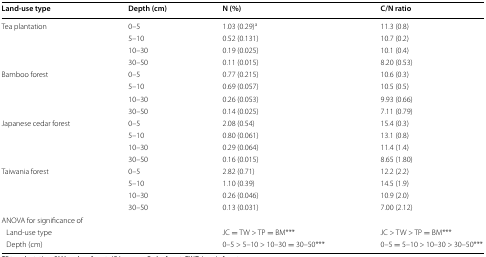
<table><thead><tr><td><b>Land-use type</b></td><td><b>Depth (cm)</b></td><td><b>N (%)</b></td><td><b>C/N ratio</b></td></tr></thead><tbody><tr><td rowspan="4">Tea plantation</td><td>0–5</td><td>1.03 (0.29)<sup>a</sup></td><td>11.3 (0.8)</td></tr><tr><td>5–10</td><td>0.52 (0.131)</td><td>10.7 (0.2)</td></tr><tr><td>10–30</td><td>0.19 (0.025)</td><td>10.1 (0.4)</td></tr><tr><td>30–50</td><td>0.11 (0.015)</td><td>8.20 (0.53)</td></tr><tr><td rowspan="4">Bamboo forest</td><td>0–5</td><td>0.77 (0.215)</td><td>10.6 (0.3)</td></tr><tr><td>5–10</td><td>0.69 (0.057)</td><td>10.5 (0.5)</td></tr><tr><td>10–30</td><td>0.26 (0.053)</td><td>9.93 (0.66)</td></tr><tr><td>30–50</td><td>0.14 (0.025)</td><td>7.11 (0.79)</td></tr><tr><td rowspan="4">Japanese cedar forest</td><td>0–5</td><td>2.08 (0.54)</td><td>15.4 (0.3)</td></tr><tr><td>5–10</td><td>0.80 (0.061)</td><td>13.1 (0.8)</td></tr><tr><td>10–30</td><td>0.29 (0.064)</td><td>11.4 (1.4)</td></tr><tr><td>30–50</td><td>0.16 (0.015)</td><td>8.65 (1.80)</td></tr><tr><td rowspan="4">Taiwania forest</td><td>0–5</td><td>2.82 (0.71)</td><td>12.2 (2.2)</td></tr><tr><td>5–10</td><td>1.10 (0.39)</td><td>14.5 (1.9)</td></tr><tr><td>10–30</td><td>0.26 (0.046)</td><td>10.9 (2.0)</td></tr><tr><td>30–50</td><td>0.13 (0.031)</td><td>7.00 (2.12)</td></tr><tr><td colspan="4">ANOVA for significance of</td></tr><tr><td colspan="2"> Land-use type</td><td>JC = TW &gt; TP = BM***</td><td>JC &gt; TW &gt; TP = BM***</td></tr><tr><td colspan="2"> Depth (cm)</td><td>0–5 &gt; 5–10 &gt; 10–30 = 30–50***</td><td>0–5 = 5–10 &gt; 10–30 &gt; 30–50***</td></tr></tbody></table>